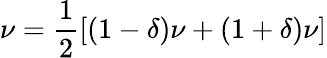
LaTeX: \nu=\frac{1}{2}[(1-\delta)\nu+(1+\delta)\nu]